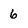
Character: 6